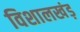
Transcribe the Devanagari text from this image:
विशालखंड़